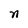
Character: n